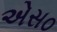
એસ૦